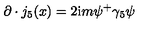
\partial \cdot j _ { 5 } ( x ) = 2 \mathrm { i } m \psi ^ { + } \gamma _ { 5 } \psi